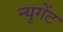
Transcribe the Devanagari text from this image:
न्युगेंट